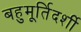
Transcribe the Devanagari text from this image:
बहुमूर्तिदर्शी